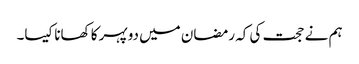
ہم نے حجت کی کہ رمضان میں دوپہر کا کھانا کیسا۔